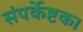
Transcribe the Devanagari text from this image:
संपर्केष्टक।